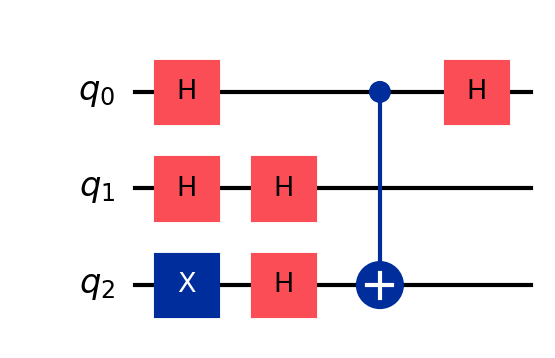
Description: Bernstein-Vazirani oracle for key extraction analysis
描述: 用于密钥提取分析的BV oracle
Category: blockchain (difficulty: advanced)
Qubits: 3, circuit depth: 4
Blockchain relevance: direct

Braket implementation:
from braket.circuits import Circuit

circuit = Circuit()

circuit.h(0)
circuit.h(1)
circuit.x(2)
circuit.h(1)
circuit.h(2)
circuit.cnot(0, 2)
circuit.h(0)

print(circuit)

Qiskit implementation:
from qiskit import QuantumCircuit
circuit = QuantumCircuit(3)

circuit.h(0)
circuit.h(1)
circuit.x(2)
circuit.h(1)
circuit.h(2)
circuit.cx(0, 2)
circuit.h(0)

print(circuit)